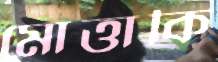
মোত্তাকি